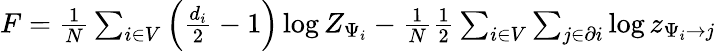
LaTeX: \begin{array}{r}{F=\frac{1}{N}\sum_{i\in V}\left(\frac{d_{i}}{2}-1\right)\log Z_{\Psi_{i}}-\frac{1}{N}\frac{1}{2}\sum_{i\in V}\sum_{j\in\partial i}\log z_{\Psi_{i}\to j}}\end{array}